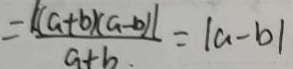
= \frac { [ ( a + b ) ( a - b ) ] } { a + b } = \vert a - b \vert